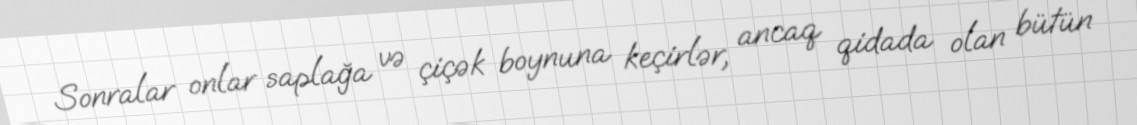
Sonralar onlar saplağa və çiçək boynuna keçirlər, ancaq qidada olan bütün